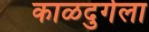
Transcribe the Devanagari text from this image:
काळदुर्गला